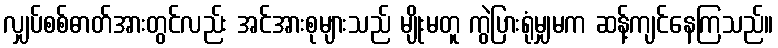
လျှပ်စစ်ဓာတ်အားတွင်လည်း အင်အားစုများသည် မျိုးမတူ ကွဲပြားရုံမျှမက ဆန့်ကျင်နေကြသည်။